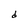
Character: d